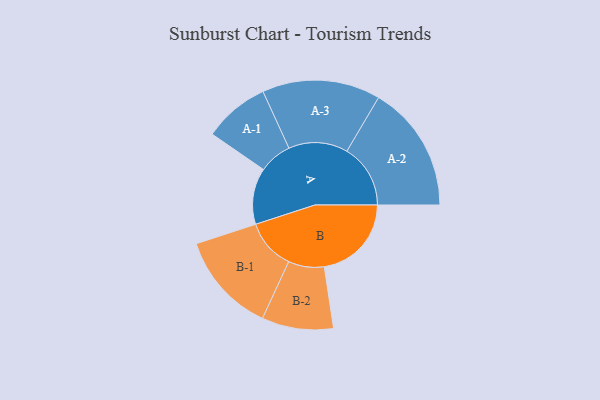
{"axis": {"x": "Segment", "y": "Value"}, "legend": ["", "A", "B"], "data": [{"x": "A", "y": 239, "type": ""}, {"x": "B", "y": 370, "type": ""}, {"x": "A-1", "y": 140, "type": "A"}, {"x": "A-2", "y": 270, "type": "A"}, {"x": "A-3", "y": 251, "type": "A"}, {"x": "B-1", "y": 214, "type": "B"}, {"x": "B-2", "y": 152, "type": "B"}]}